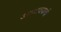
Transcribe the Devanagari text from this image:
आणावयाची